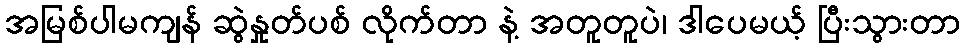
အမြစ်ပါမကျန် ဆွဲနှုတ်ပစ် လိုက်တာ နဲ့ အတူတူပဲ၊ ဒါပေမယ့် ပြီးသွားတာ